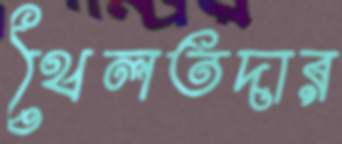
থৈলতদার